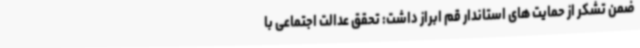
ضمن تشکر از حمایت های استاندار قم ابراز داشت: تحقق عدالت اجتماعی با